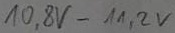
Text: 10,8V-11,2V